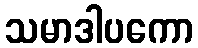
သမာဒါပကော